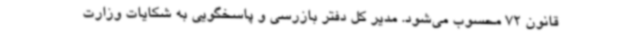
قانون 72 محسوب می‌شود. مدیر کل دفتر بازرسی و پاسخگویی به شکایات وزارت